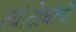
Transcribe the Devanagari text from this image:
त्यांदोघांची